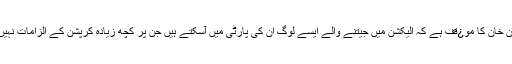
عمران خان کا مو¿قف ہے کہ الیکشن میں جیتنے والے ایسے لوگ ان کی پارٹی میں آسکتے ہیں جن پر کچھ زیادہ کرپشن کے الزامات نہیں ہیں۔